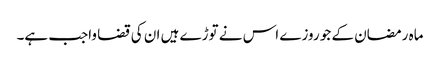
ماہ رمضان کے جو روزے اس نے توڑے ہیں ان کی قضا واجب ہے۔